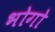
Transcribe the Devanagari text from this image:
भोगो